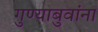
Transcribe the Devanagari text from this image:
गुण्याबुवांना